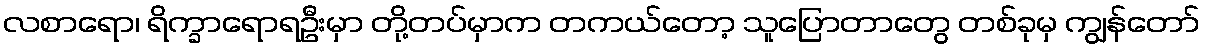
လစာရော၊ ရိက္ခာရောရဦးမှာ တို့တပ်မှာက တကယ်တော့ သူပြောတာတွေ တစ်ခုမှ ကျွန်တော်